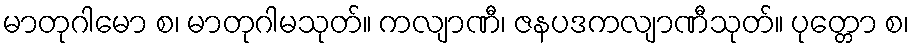
မာတုဂါမော စ၊ မာတုဂါမသုတ်။ ကလျာဏီ၊ ဇနပဒကလျာဏီသုတ်။ ပုတ္တော စ၊